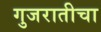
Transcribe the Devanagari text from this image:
गुजरातीचा